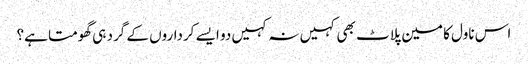
اس ناول کا مین پلاٹ بھی کہیں نہ کہیں دو ایسے کرداروں کے گرد ہی گھومتا ہے؟